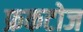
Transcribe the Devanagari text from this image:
फ्रकटोज